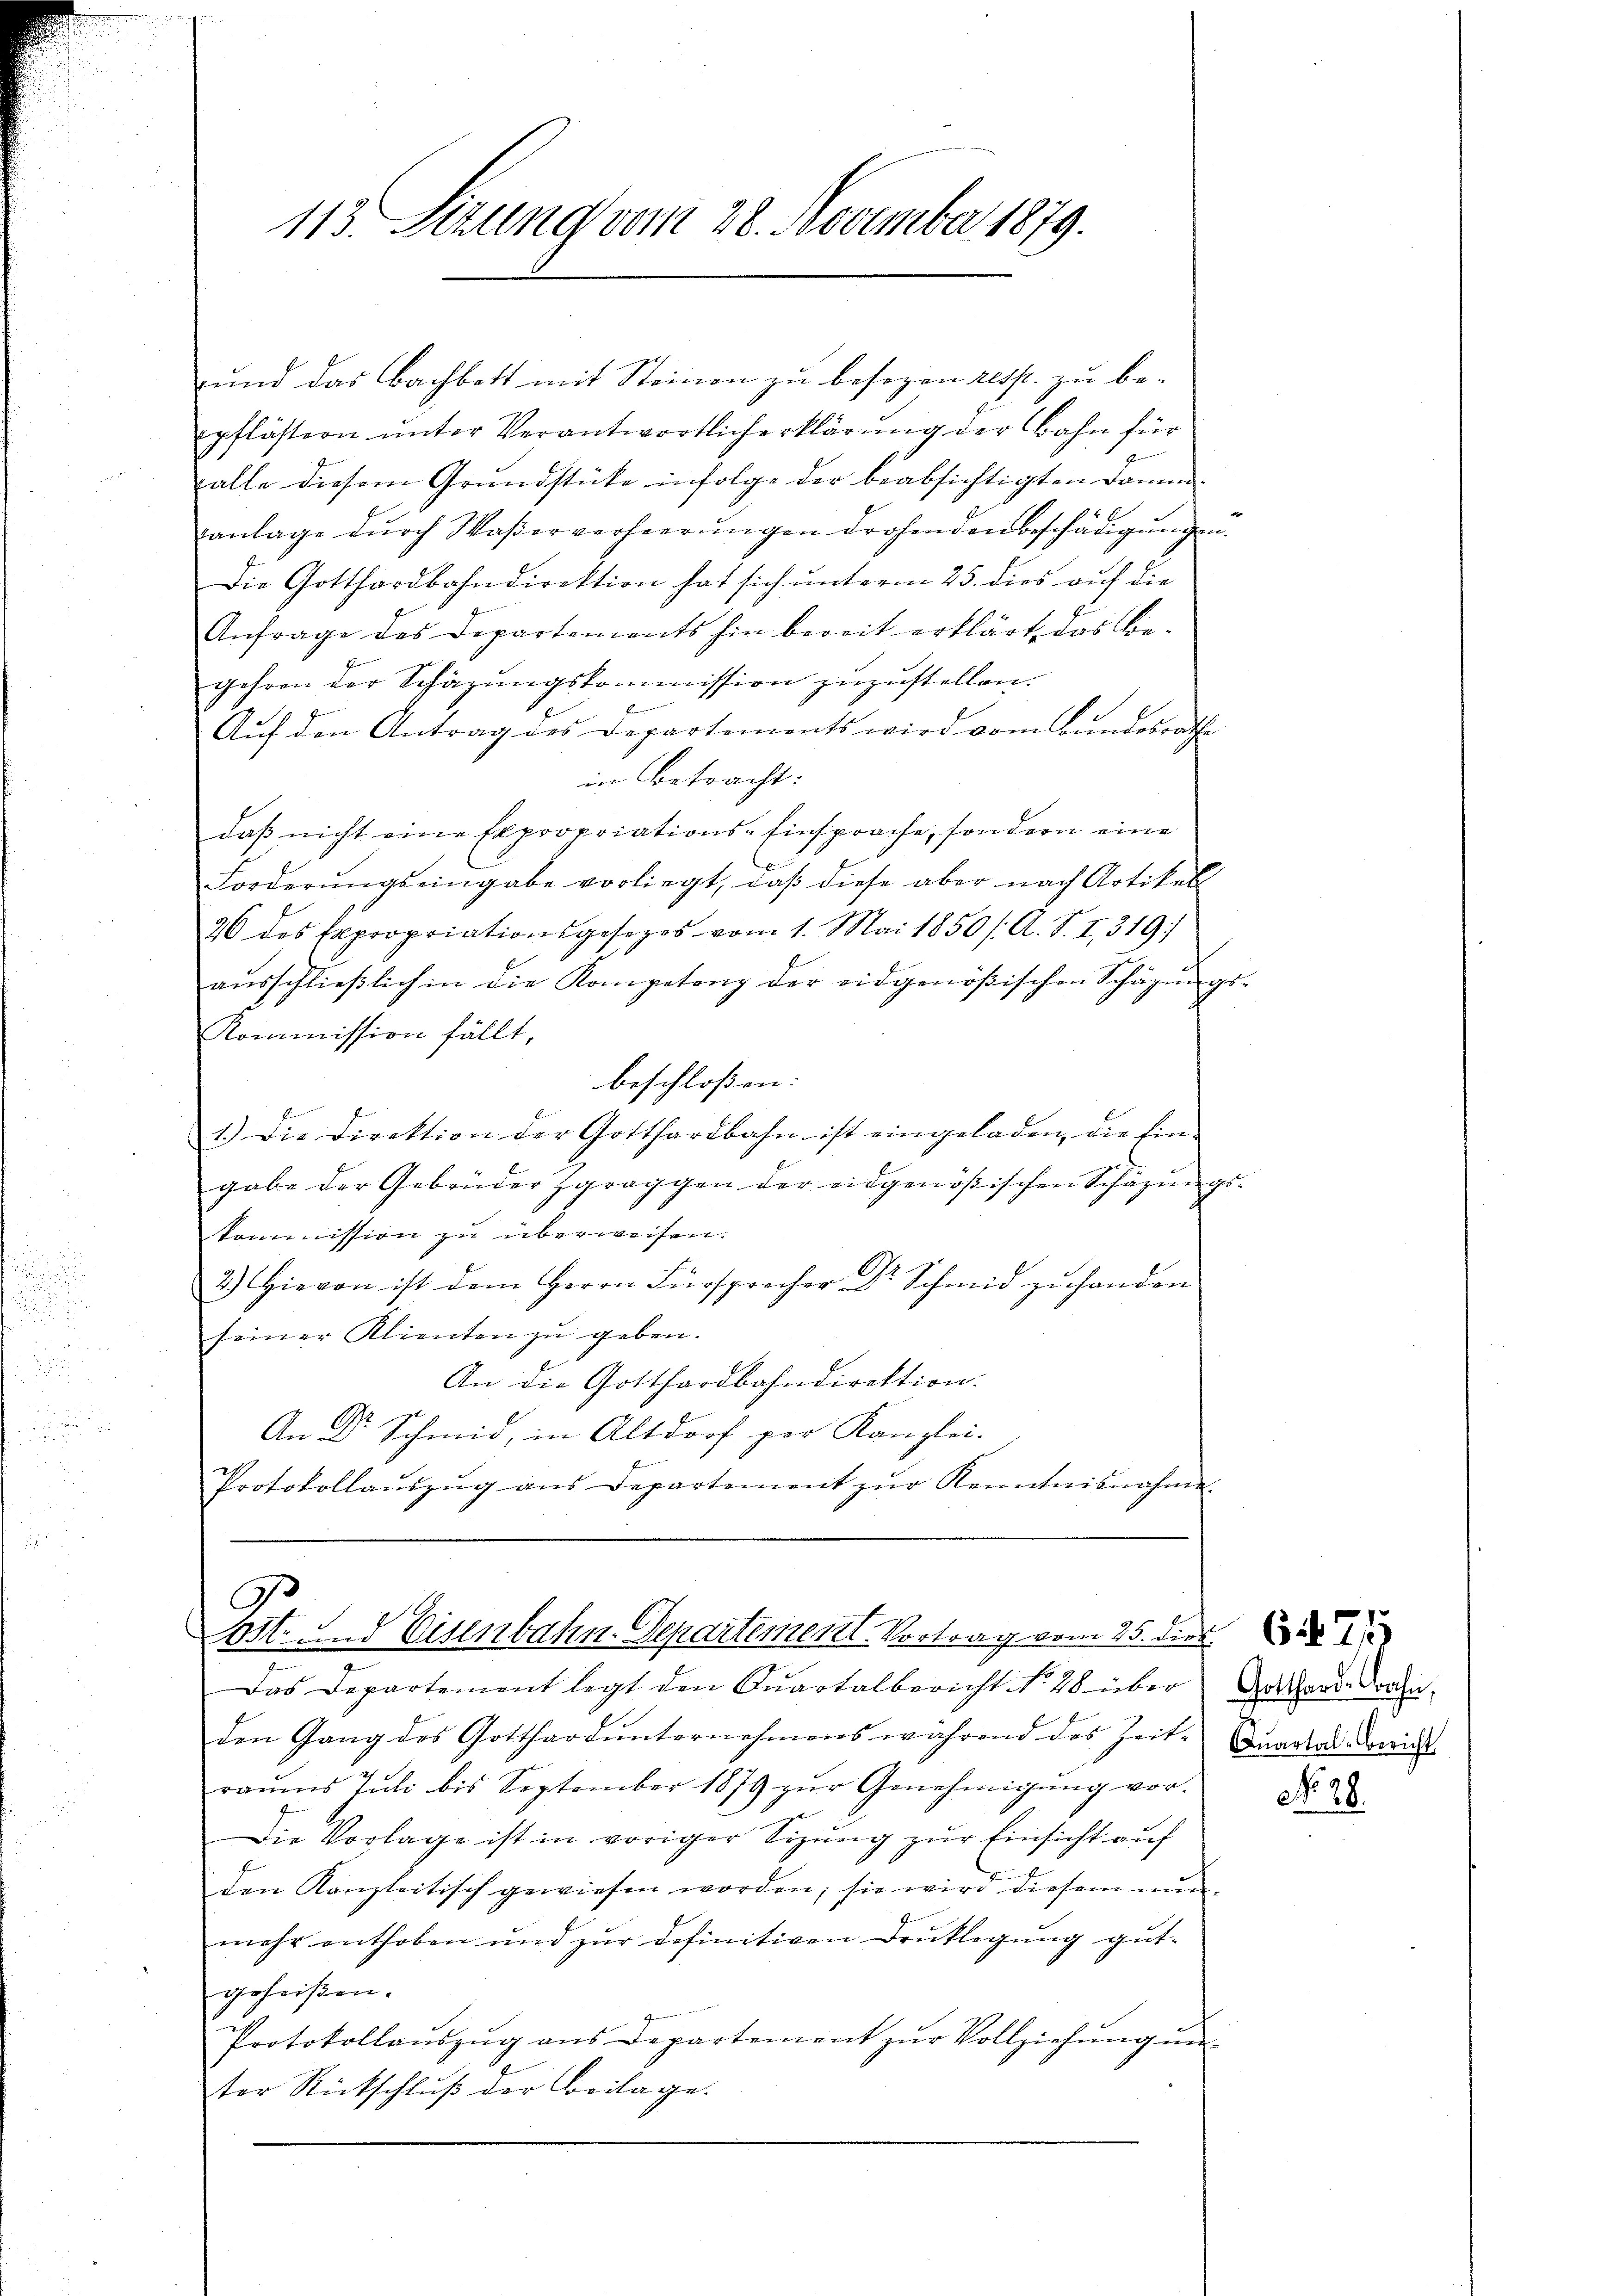
113. Sizung vom 28. November 1879.

und das Bachbett mit Steinen zu besozen resp. zu be-
pflästern unter Verantwortlich erklärung der Bahn für
r
alle diesem Grundstücke infolge der beabsichtigten Dammanlage dŭrch Waßerverheerŭngen drohenden Beschädigŭngen.
Die Gotthardbahndirektion hat sich unterm 25. dies auf die
Anfrage des Departements hin bereit erklärt das Be-
gehren der Schäzŭngskommission zuzustellen.
Auf den Antrag des Departements wird vom Bundesrathe
in betracht:
daß nicht eine Expropriations- Einsprache, sondern eine
Forderŭngseingabe vorliegt, daβ diese aber nach Artikel
26 des Expropriationsgesezes vom 1. Mai 1850 / A. S. I,319/
aŭsschlieβlich in die Kompetenz der eidgenößischen Schägŭngs-
Kommission fällt,
beschlossen:
1.) Die Direktion der Gotthardbahn ist eingeladen, die Ein-
gabe der Gebrüder Zgraggen der eidgenößischen Schazungskommission zŭ überweisen.
2.) Hievon ist dem Herrn Fürsprecher Dr Schmid zŭ handen
seiner Klienten zu geben.
An die Gotthardbahndirektion.
An Dr Schmid, in Altdorf per Kanzlei-
Protokollaŭszŭg ans Departement zŭr Kenntnisnahme.

C
ost- und Eisenbahn. Departementl. Vortrag vom 25. dies

Das Departement legt den Quartalbericht No. 48 über Gotthard Dran
den Gang des Gotthard ŭnternehmens während des Zeit-Quartal-Zürich
raŭms Jŭli bis September 1879 zŭr Genehmigŭng vor.
Die Vorlage ist in voriger Sizŭng zŭr Einsicht auf
den Kanzleitisch gewiesen worden; sie wird diesem nŭn-
mehr enthoben und zŭr definitiven Drŭklegŭng gut-
geheißen.
Protokollaŭszŭg ans Departement zŭr Vollziehŭng ŭn
tor Rückschlŭβ der Beilage.

No 28.